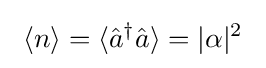
~\langle n\rangle =\langle {\hat {a}}^{\dagger }{\hat {a}}\rangle =|\alpha |^{2}~